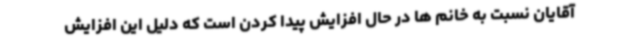
آقایان نسبت به خانم ها در حال افزایش پیدا کردن است که دلیل این افزایش